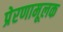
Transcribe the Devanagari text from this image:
प्रेरणामूलक